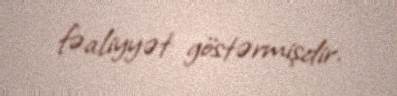
fəaliyyət göstərmişdir.